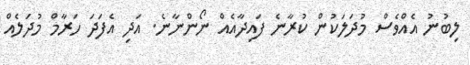
ލިބުނު އެއްވެސް މުދަލަކުން ކުރާނެ ފައިދާއެއް ނޯންނާނެ. އަދި އެފަދަ ހަރާމް މުދަލެއް